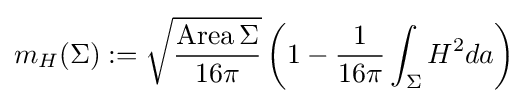
m_{H}(\Sigma ):={\sqrt {\frac {{\text{Area}}\,\Sigma }{16\pi }}}\left(1-{\frac {1}{16\pi }}\int _{\Sigma }H^{2}da\right)